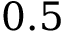
0 . 5